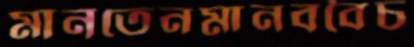
মানতেনমানববৈচ